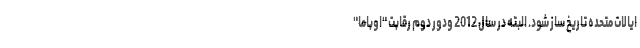
ایالات متحده تاریخ ساز شود. البته در سال 2012 ودور دوم رقابت "اوباما"